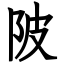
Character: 陂